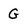
Character: G